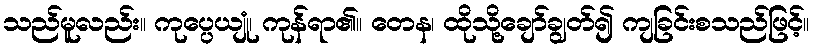
သည်မူလည်း။ ကုပ္ပေယျုံ၊ ကုန်ရာ၏။ တေန၊ ထိုသို့ချော်ချွတ်၍ ကျခြင်းစသည်ဖြင့်။